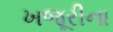
ખજૂરીના